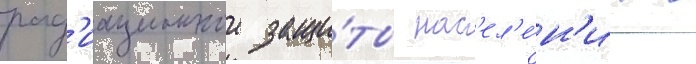
рад'иационнои защи́ты нас'ел'е́н'иа в